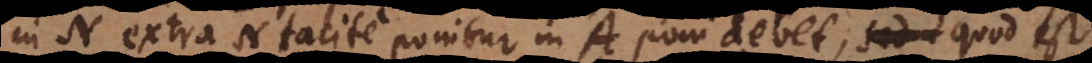
in N extra N tacite ponitur in A poni debet, quod est